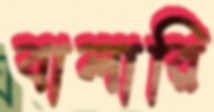
বালারি